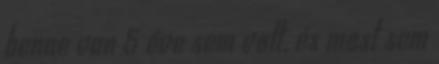
benne van 5 éve sem volt, és most sem